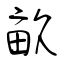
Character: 畝